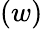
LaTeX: (w)